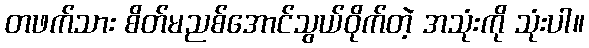
တဖက်သား စိတ်မညစ်အောင်သွယ်ဝိုက်တဲ့ အသုံးကို သုံးပါ။